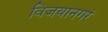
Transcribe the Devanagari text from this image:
विजयानगरं